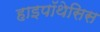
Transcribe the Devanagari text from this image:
हाइपॉथेसिस